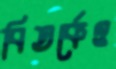
বিতর্কেও